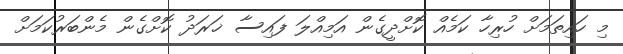
މި ހައިތަމަށް ހުރިހާ ކަމެއް ކޮށްދީގެން އަމިއްލަ ފައިސާ ޚަރަދު ކޮށްގެން މެންބަރުކަމަށް